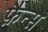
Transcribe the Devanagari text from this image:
फ़ैन्स